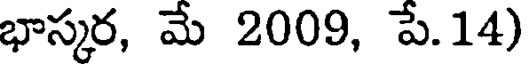
భాస్కర, మే 2009, పే.14)